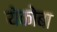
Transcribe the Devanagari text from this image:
येकोबा